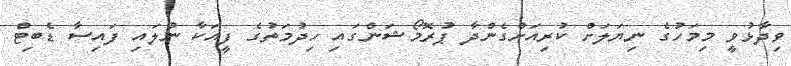
ވިދާޅުވީ މިމަހުގެ ނިޔަލަށް ކުރިއަށްގެންދާ ޕުރޮމޯޝަންގައި ހިދުމަތުގެ ފީއަކާ ނުލައި ފައިސާ ޑެބިޓް